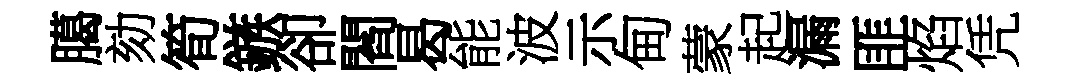
臈劾筍鏃卻閻曷能波示甸蒙起漏匪焰凭